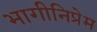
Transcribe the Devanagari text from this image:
भागीनिप्रेम